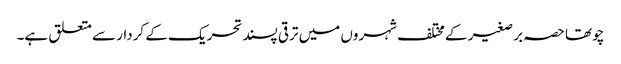
چوتھا حصہ بر صغیر کے مختلف شہروں میں ترقی پسند تحریک کے کردار سے متعلق ہے۔